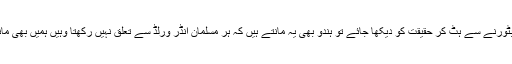
الزامات، شکوے شکایات اور ہمدردیاں بٹورنے سے ہٹ کر حقیقت کو دیکھا جائے تو ہندو بھی یہ مانتے ہیں کہ ہر مسلمان انڈر ورلڈ سے تعلق نہیں رکھتا وہیں ہمیں بھی ماننا چاہیے کہ ہر ہندو انتہا پسند نہیں ہوتا۔